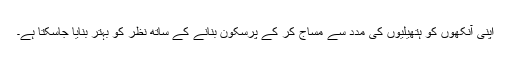
اپنی آنکھوں کو ہتھیلیوں کی مدد سے مساج کر کے پرسکون بنانے کے ساتھ نظر کو بہتر بنایا جاسکتا ہے۔